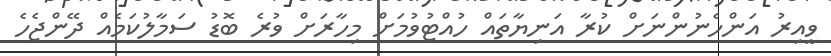
ވީއިރު އަންހެނުންނަށް ކުރާ އަނިޔާތައް ހުއްޓުވުމަށް މިހާރަށް ވުރެ ބޮޑު ސަމާލުކަމެއް ދޭންޖެހެ